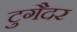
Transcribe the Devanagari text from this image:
टुगैदर